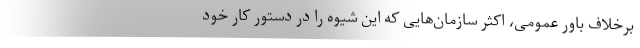
برخلاف باور عمومی، اکثر سازمان‌هایی که این شیوه را در دستور کار خود